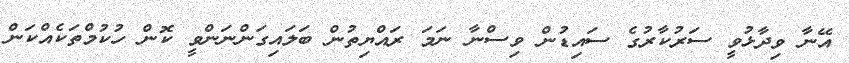
އޭނާ ވިދާޅުވީ ސަރުކާރުގެ ސައިޑުން ވިސްނާ ނަމަ ރައްޔިތުން ބަލައިގަންނަންވީ ކޮން ހުކުމްތަކެއްކަން